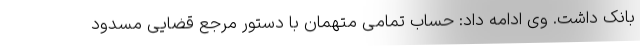
بانک داشت. وی ادامه داد: حساب تمامی متهمان با دستور مرجع قضایی مسدود